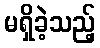
မရှိခဲ့သည့်